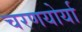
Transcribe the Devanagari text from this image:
चरणयोर्या